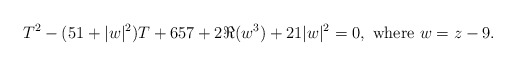
\begin{align*}T^2-(51+|w|^2)T+657+2\Re(w^3)+21|w|^2=0,\mbox{ where }w=z-9.\end{align*}